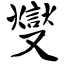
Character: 燮